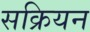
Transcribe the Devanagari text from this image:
सक्रियन